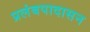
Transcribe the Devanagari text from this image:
प्रलंबपादासन